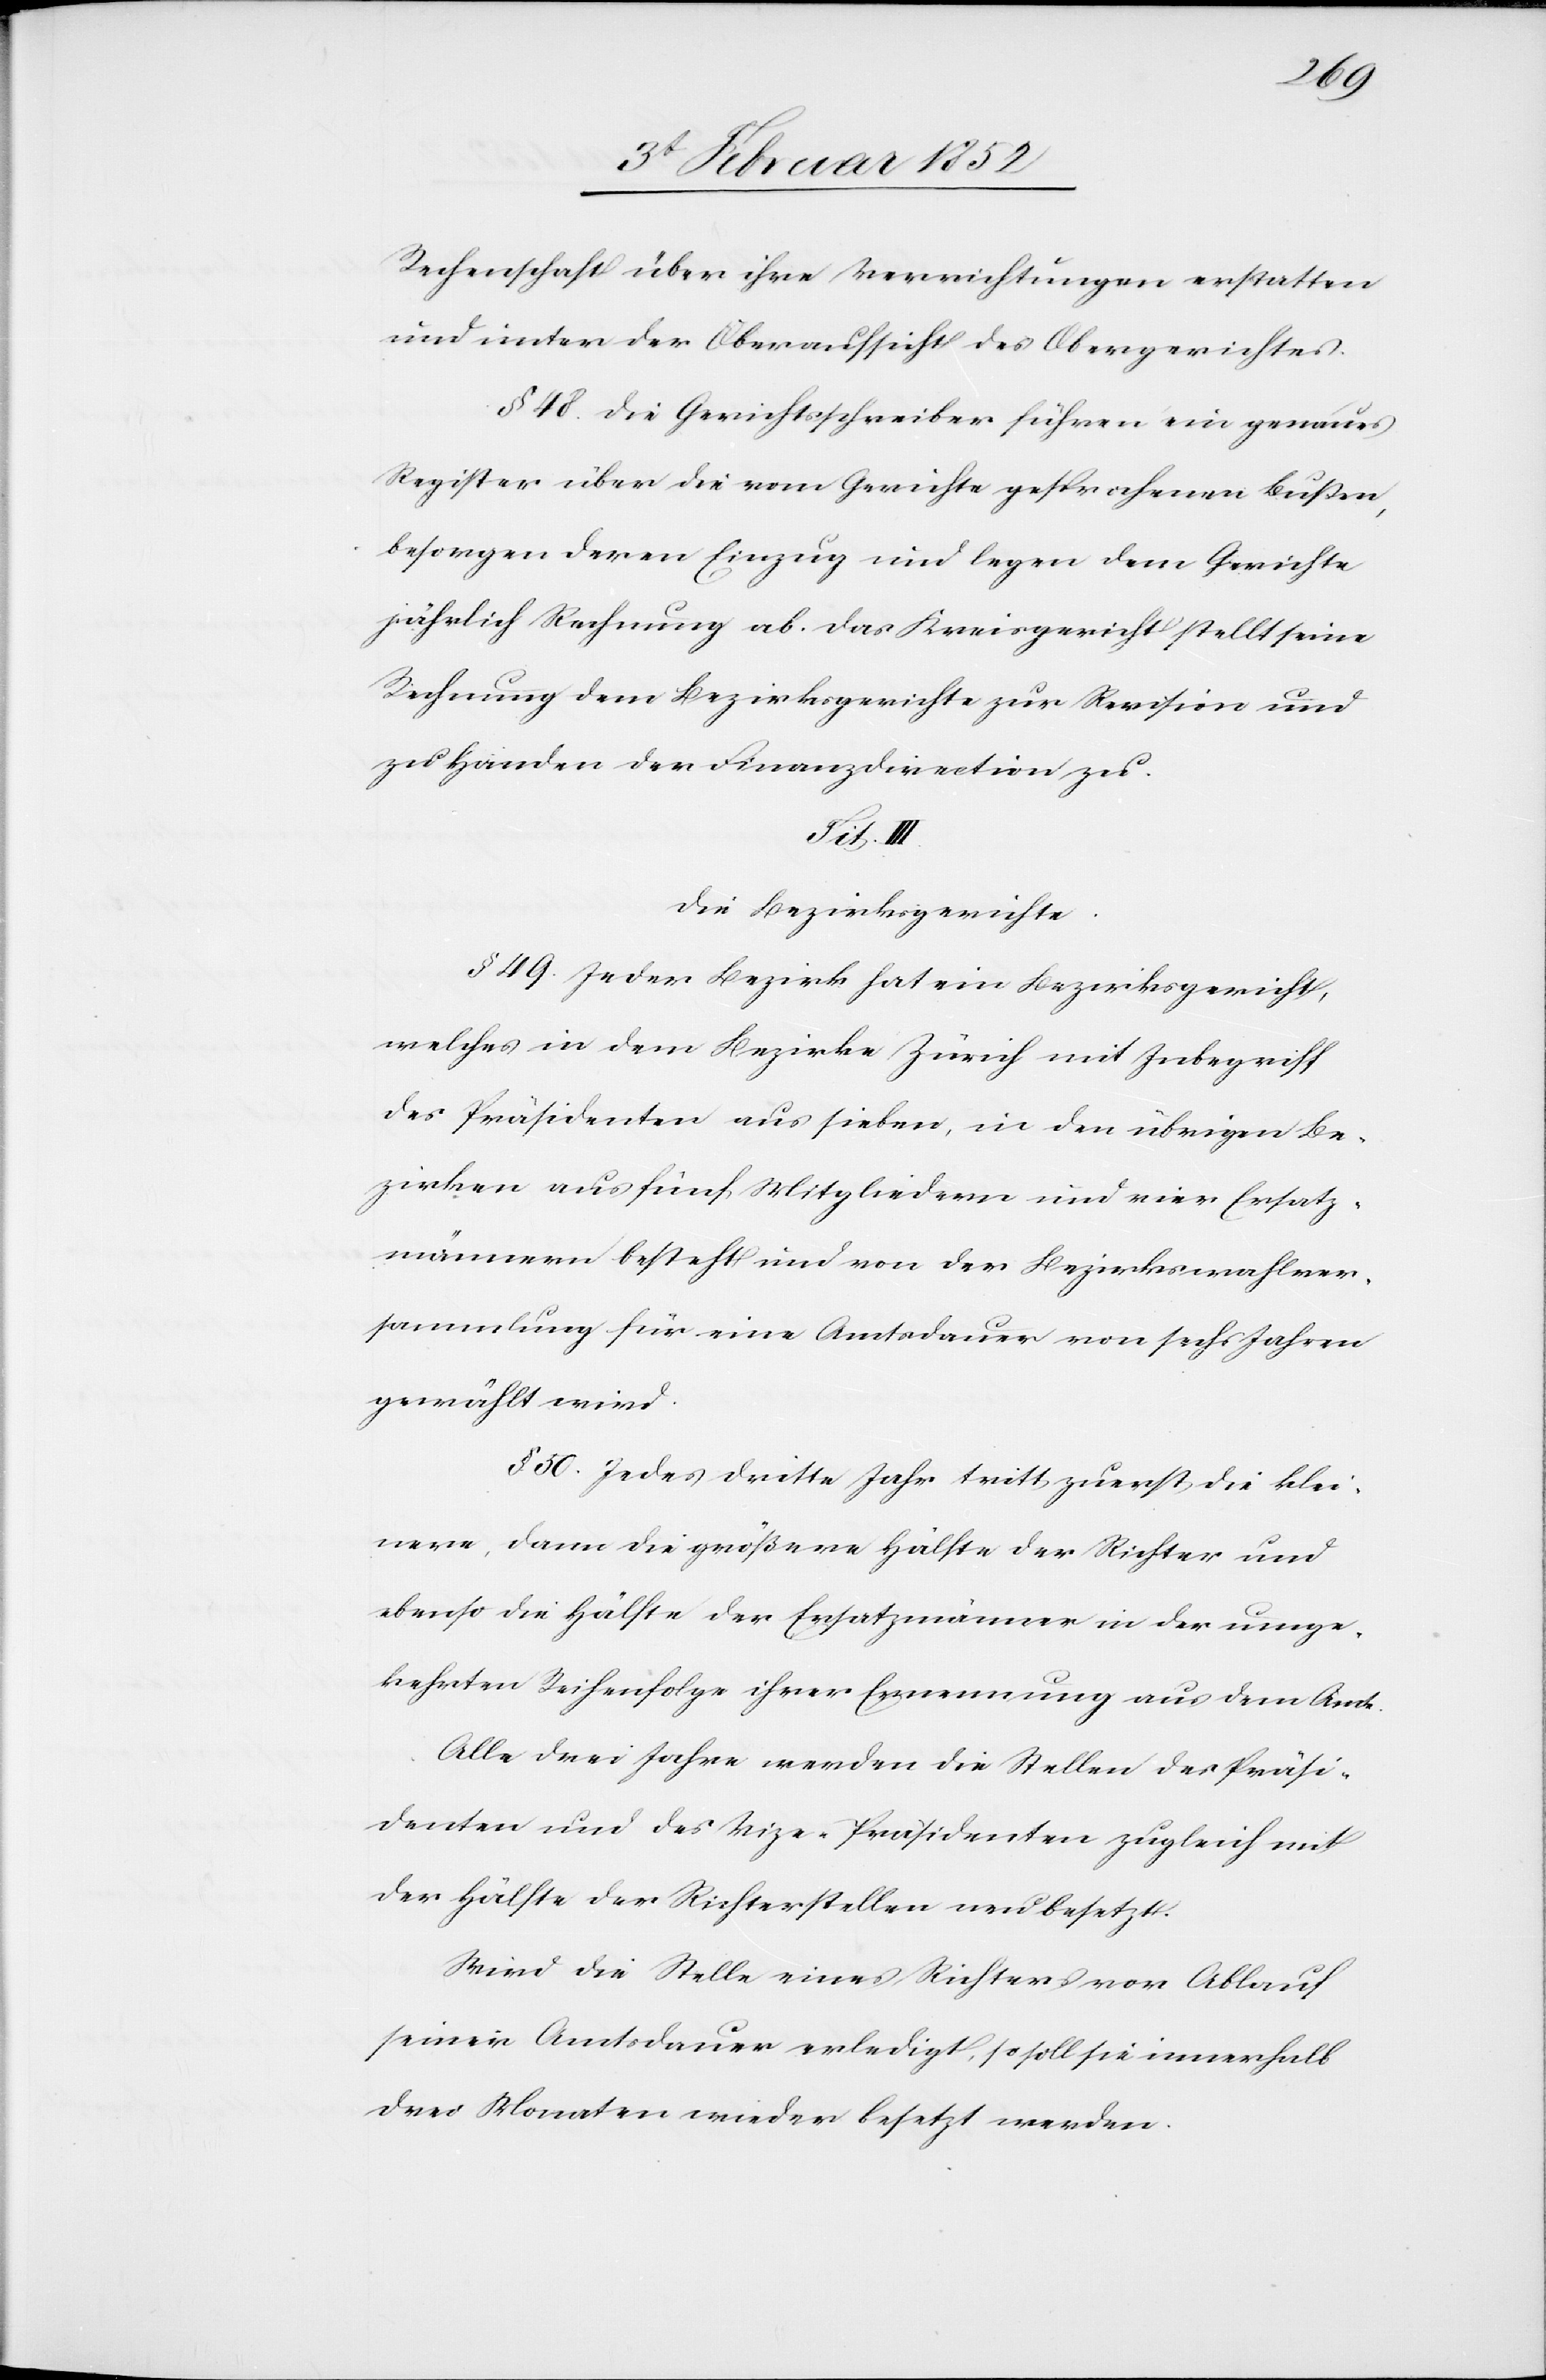
Rechenschaft über ihre Verrichtungen erstatten
und unter der Oberaufsicht des Obergerichtes.
§ 48. Die Gerichtsschreiber führen ein genaues
Register über die vom Gerichte gesprochenen Bußen,
besorgen deren Einzug und legen dem Gerichte
jährlich Rechnung ab. Das Kreisgericht stellt seine
Rechnung dem Bezirksgerichte zur Revision und
zu Handen der Finanzdirection zu.
Tit. III.
Die Bezirksgerichte.
§ 49. Jeder Bezirk hat ein Bezirksgericht,
welches in dem Bezirke Zürich mit Inbegriff
des Präsidenten aus sieben, in den übrigen Be¬
zirken aus fünf Mitgliedern und vier Ersatz¬
männern besteht und von der Bezirkswahlver¬
sammlung für eine Amtsdauer von sechs Jahren
gewählt wird.
§ 50. Jedes dritte Jahr tritt zuerst die klei¬
nere, dann die größere Hälfte der Richter und
ebenso die Hälfte der Ersatzmänner in der umge¬
kehrten Reihenfolge ihrer Ernennung aus dem Amte.
Alle drei Jahre werden die Stellen des Präsi¬
denten und des Vize-Präsidenten zugleich mit
der Hälfte der Richterstellen neu besetzt.
Wird die Stelle eines Richters vor Ablauf
seiner Amtsdauer erledigt, so soll sie innerhalb
drei Monaten wieder besetzt werden.